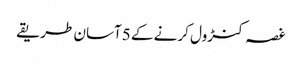
غصہ کنڑول کرنے کے 5آسان طریقے